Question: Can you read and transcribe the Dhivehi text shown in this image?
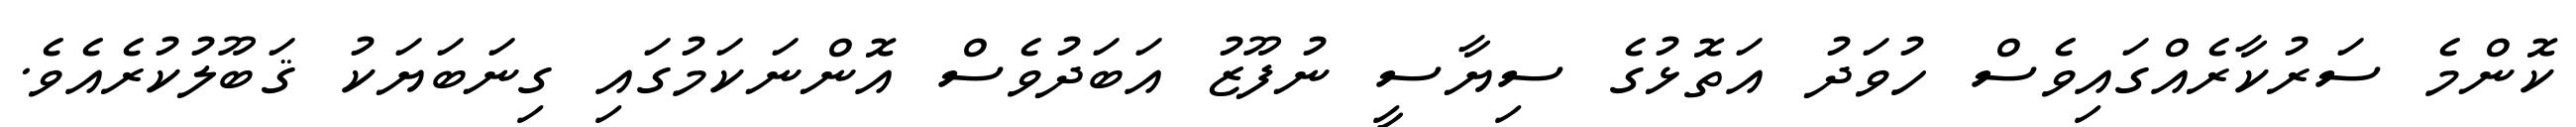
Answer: ކޮންމެ ސަރުކާރެއްގައިވެސް ހުވަދު އަތޮޅުގެ ސިޔާސީ ނުފޫޒު އަބަދުވެސް އޮންނަކަމުގައި ގިނަބަޔަކު ޤަބޫލުކުރެއެވެ.